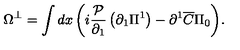
\Omega ^ { \bot } = \int { d x \left( { i \frac { { \cal P } } { { \partial _ { 1 } } } \left( { \partial _ { 1 } \Pi ^ { 1 } } \right) - \partial ^ { 1 } \overline { C } \Pi _ { 0 } } \right) } .